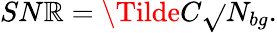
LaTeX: SN\mathbb{R}=\Tilde{C}\sqrt{}{{N_{bg}}}.